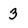
Character: 3